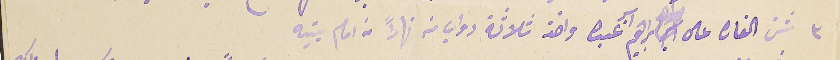
٣ شن الغاره على ابراهيم اسبر عبده واخذ ثلاثة دواب كمه نهاراً من امام بيته